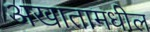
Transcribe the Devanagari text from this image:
अखातामधील